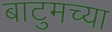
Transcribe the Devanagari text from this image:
बाटुमच्या